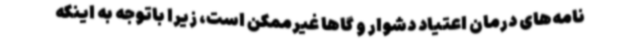
نامه‌های درمان اعتیاد دشوار و گاها غیرممکن است، زیرا باتوجه به اینکه